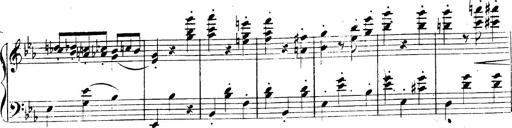
Title: 3 Caprices-Valses
Composer: Franz Liszt